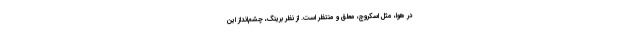
در هوا، مثل اسکروج، معلق و منتظر است. از نظر برینگ، چشم‌انداز این